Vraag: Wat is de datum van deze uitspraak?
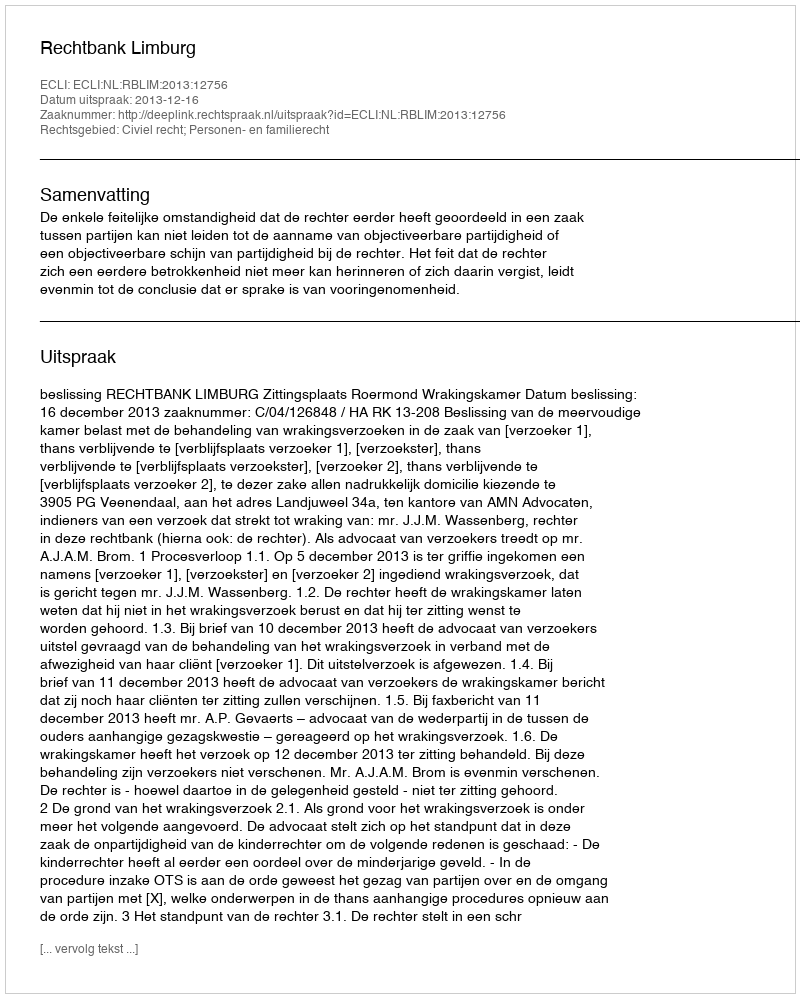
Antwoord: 2013-12-16